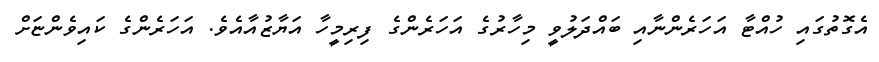
އެގޮތުގައި ހުއްޓާ އަހަރެންނާއި ބައްދަލުވީ މިހާރުގެ އަހަރެންގެ ފިރިމީހާ އަޔާޒުއާއެވެ. އަހަރެންގެ ކައިވެންޏަށް